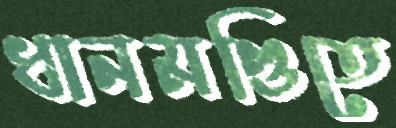
ধানমণ্ডিতে